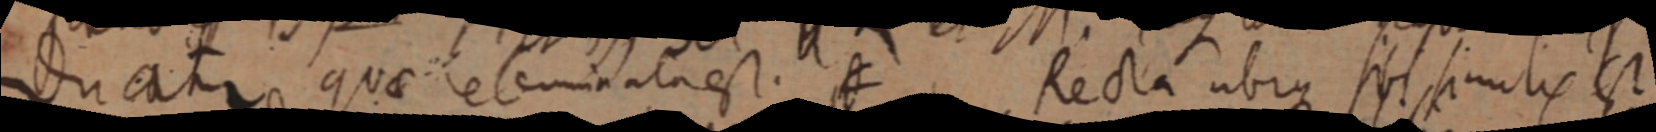
ducatur quae _minata est. _ Recta ubique sibi similis est